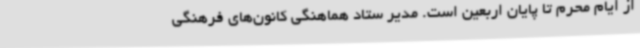
از ایام محرم تا پایان اربعین است. مدیر ستاد هماهنگی کانون‌های فرهنگی